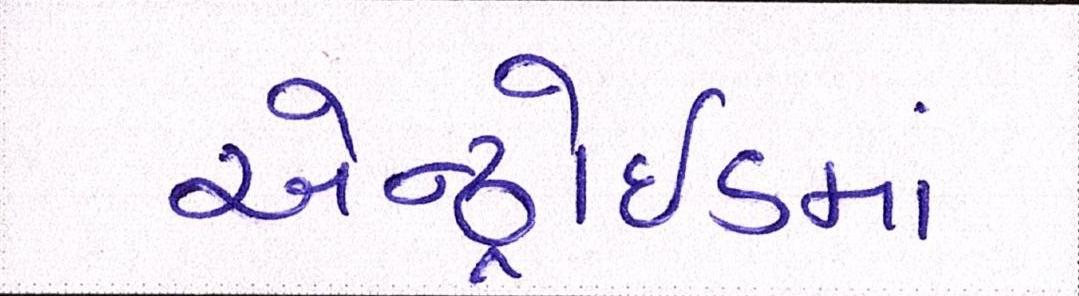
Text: એન્ડ્રોઇડમાં